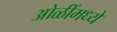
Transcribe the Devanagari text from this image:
ओळींमध्ये